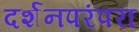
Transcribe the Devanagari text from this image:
दर्शनपरंपरा